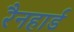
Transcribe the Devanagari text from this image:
रैनहार्ड